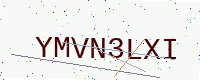
Text: YMVN3LXI